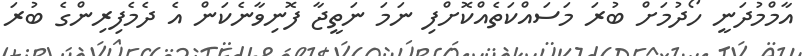
އާމްމުދަނީ ހޯދުމަށް ބުރަ މަސައްކަތެއްކޮށްފި ނަމަ ނަތީޖާ ފޮނިވާނެކަން އެ ދެމެފިރިންގެ ބުރަ